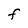
Character: F